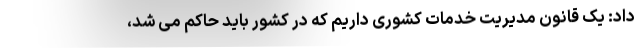
داد: یک قانون مدیریت خدمات کشوری داریم که در کشور باید حاکم می شد،